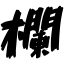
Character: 欄